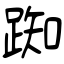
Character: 踟